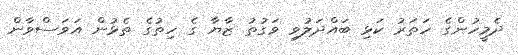
ދެމީހުންގެ ހަތަރު ކަޅި ބައްދަލުވި ވަގުތު ޒާޔާ ގެ ހިތުގެ ތެޅުން އަވަސްވާން